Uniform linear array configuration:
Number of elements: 12
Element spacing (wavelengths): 0.75
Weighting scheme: hann
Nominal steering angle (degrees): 45
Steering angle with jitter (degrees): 45.249
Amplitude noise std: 0.05
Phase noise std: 0.05

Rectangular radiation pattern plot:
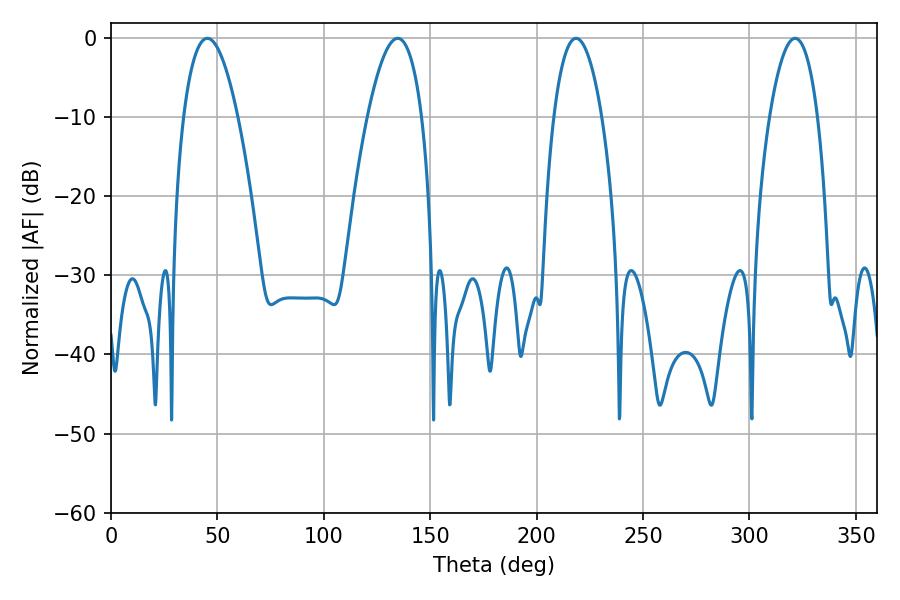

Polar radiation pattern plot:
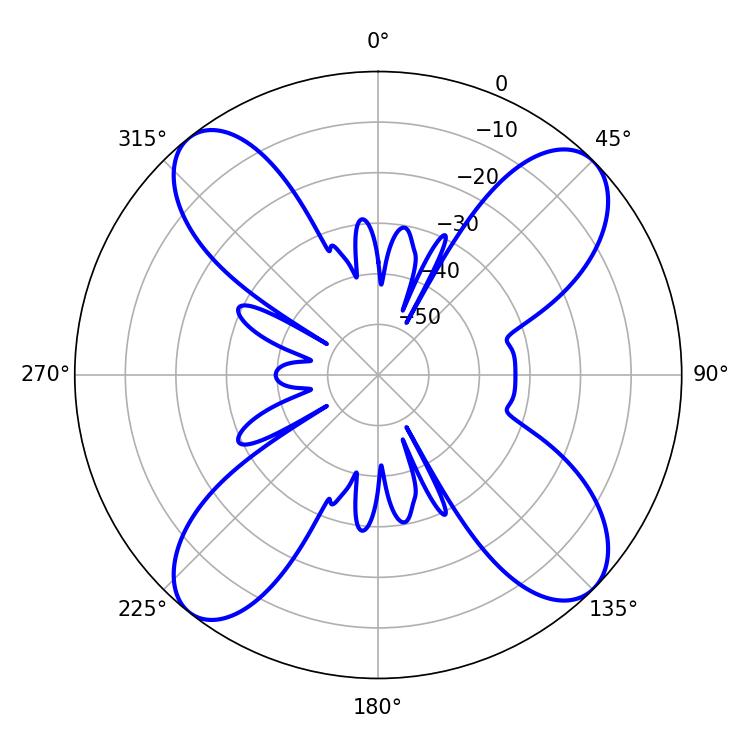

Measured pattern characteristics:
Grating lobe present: TRUE
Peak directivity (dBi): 13.708
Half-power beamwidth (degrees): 12.42
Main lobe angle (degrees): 218.52